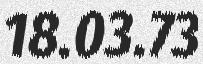
18.03.73